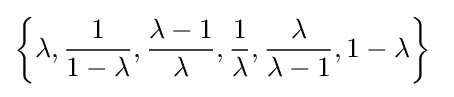
\left\lbrace {\lambda ,{\frac {1}{1-\lambda }},{\frac {\lambda -1}{\lambda }},{\frac {1}{\lambda }},{\frac {\lambda }{\lambda -1}},1-\lambda }\right\rbrace \